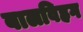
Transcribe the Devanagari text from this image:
बालविहग